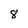
Character: 8